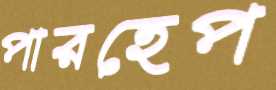
পারহেপ